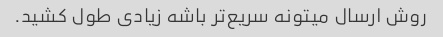
روش ارسال میتونه سریع‌تر باشه زیادی طول کشید.